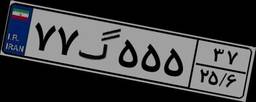
۸۰گ۲۶۸۲۳